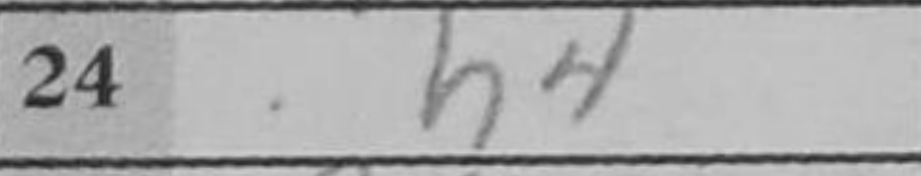
Transcription: h4